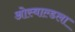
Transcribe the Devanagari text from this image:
ओस्वाल्डला